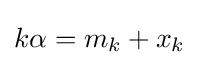
k\alpha =m_{k}+x_{k}